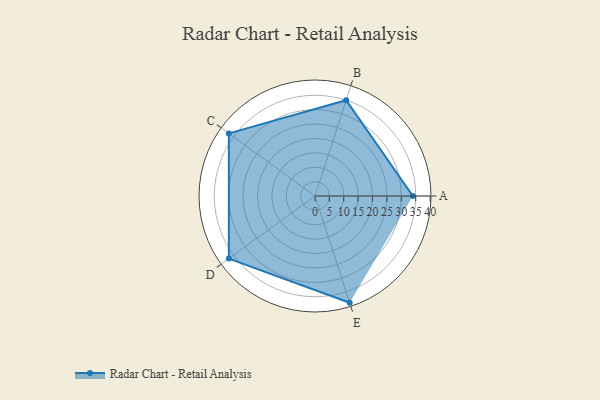
{"axis": {"x": "Skill", "y": "Score"}, "legend": ["Profile"], "data": [{"x": "A", "y": 34.0, "type": "Profile"}, {"x": "B", "y": 35.0, "type": "Profile"}, {"x": "C", "y": 37.0, "type": "Profile"}, {"x": "D", "y": 37.0, "type": "Profile"}, {"x": "E", "y": 39.0, "type": "Profile"}]}